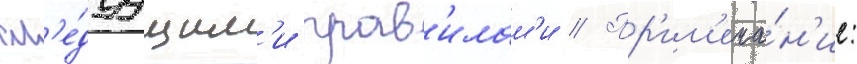
сл'е́дуущим'и прав'илам'и // Пр'им'еча́н'ие: